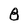
Character: 8